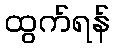
ထွက်ရန်